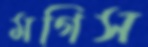
মগিস